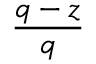
\frac { q - z } { q }